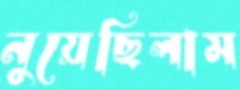
নুয়েছিলাম